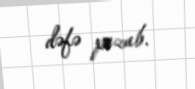
dəfə pozub.